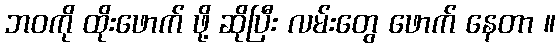
ဘဝကို ထိုးဖောက် ဖို့ ဆိုပြီး လမ်းတွေ ဖောက် နေတာ ။